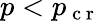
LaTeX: p<p_{\mathrm{~c~r~}}